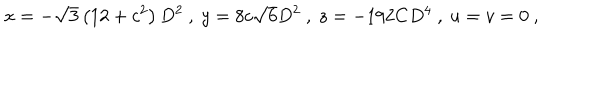
LaTeX: x = - \sqrt { 3 } \left( 1 2 + c ^ { 2 } \right) D ^ { 2 } \ , \ y = 8 c \sqrt { 6 } D ^ { 2 } \ , \ z = - 1 9 2 C D ^ { 4 } \ , \ u = v = 0 \ ,